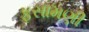
ફસામણી